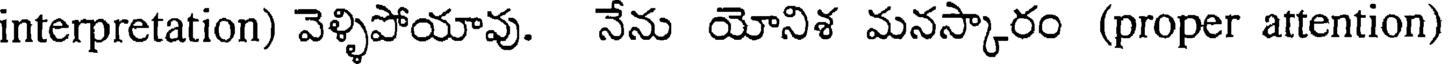
interpretation) వెళ్ళిపోయావు. నేను యోనిశ మనస్కారం (proper attention)